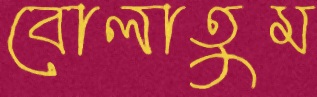
বোলাতুম